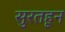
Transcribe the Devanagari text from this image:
सुरतहून